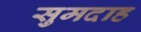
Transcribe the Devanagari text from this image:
सुमदाह